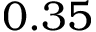
0 . 3 5